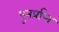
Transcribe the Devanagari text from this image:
पुनर्प्राप्‍त